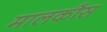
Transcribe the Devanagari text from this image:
मालकौस